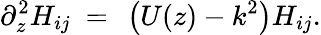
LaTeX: \partial_{z}^{2}H_{ij}\ =\ \left(U(z)-k^{2}\right)H_{ij}.